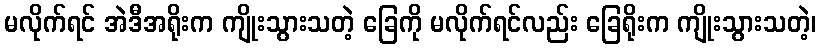
မလိုက်ရင် အဲဒီအရိုးက ကျိုးသွားသတဲ့ ခြေကို မလိုက်ရင်လည်း ခြေရိုးက ကျိုးသွားသတဲ့၊